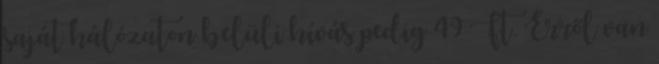
saját hálózaton belüli hívás pedig 49 Ft. Erről van